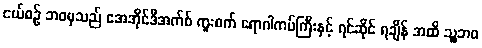
ငယ်စဉ် ဘဝမှသည် အေအိုင်ဒီအက်စ် ကူးစက် ရောဂါကပ်ကြီးနှင့် ရင်ဆိုင် ရချိန် အထိ သူ့ဘဝ